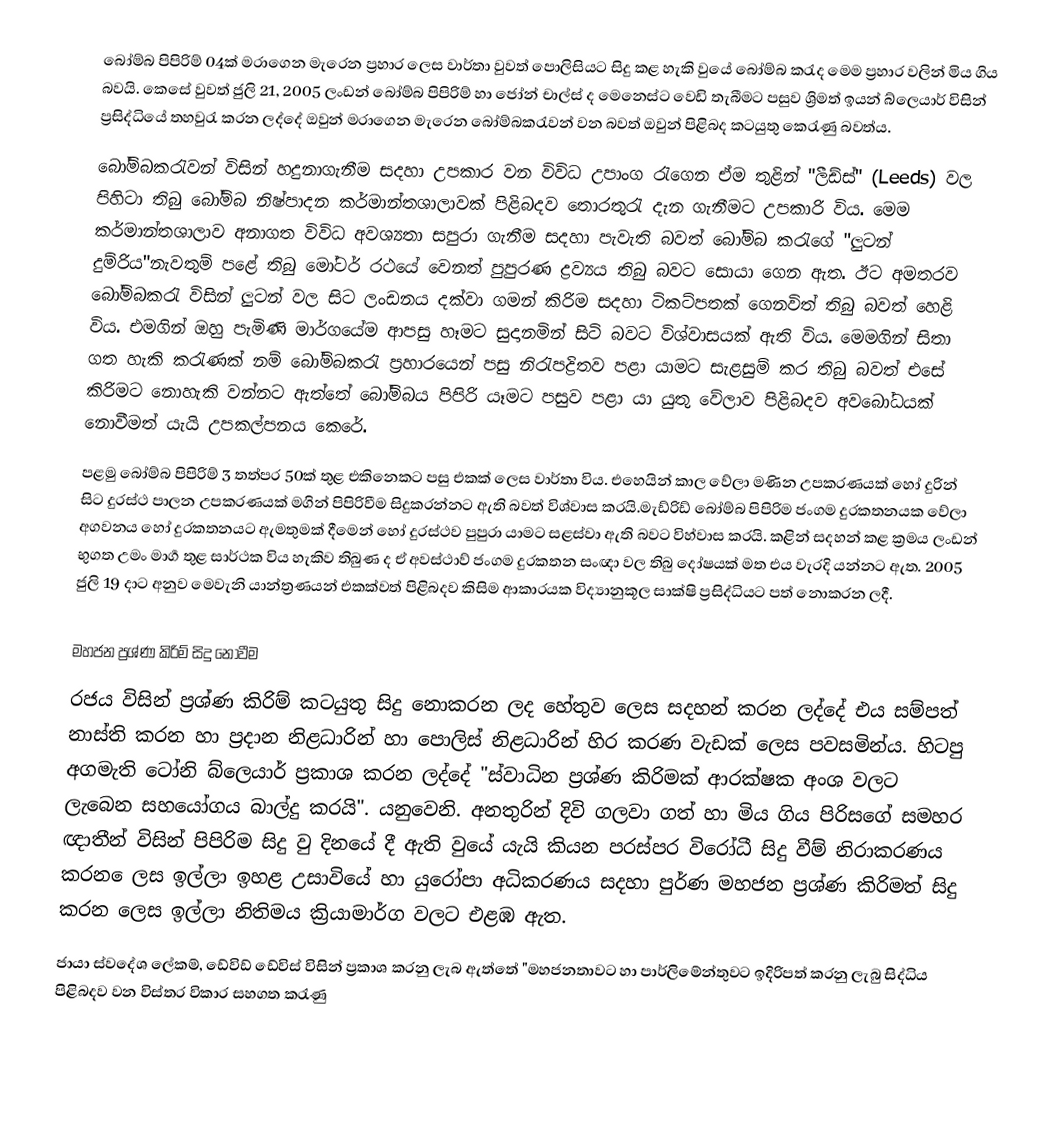
බෝම්බ පිපිරිම් 04ක් මරාගෙන මැරෙන ප්‍රහාර ලෙස වාර්තා වුවත් පොලිසියට සිදු කළ හැකි වුයේ බෝම්බ කරැද මෙම ප්‍රහාර වලින් මිය ගිය බවයි. කෙසේ වුවත් ජුලි 21, 2005 ලංඩන් බෝම්බ පිපිරිම් හා ජෝන් චාල්ස් ද මෙනෙස්ට වෙඩි තැබීමට පසුව ශ්‍රිමත් ඉයන් බ්ලෙයාර් විසින් ප්‍රසිද්ධියේ තහවුරැ කරන ලද්දේ ඔවුන් මරාගෙන මැරෙන බෝම්බකරැවන් වන බවත් ඔවුන් පිළිබද කටයුතු කෙරැණු බවත්ය.
බෝම්බකරැවන් විසින් හදුනාගැනීම සදහා උපකාර වන විවිධ උපාංග රැගෙන ඒම තුළින් "ලීඩ්ස්" (Leeds) වල පිහිටා තිබු බෝම්බ නිෂ්පාදන කර්මාන්තශාලාවක් පිළිබදව තොරතුරැ දැන ගැනීමට උපකාරි විය. ‍මෙම කර්මාන්තශාලාව අනාගත විවිධ අවශ්‍යතා සපුරා ගැනීම සදහා පැවැති බවත් බෝම්බ කරැගේ "ලුටන් දුම්රිය"නැවතුම් පළේ තිබු මෝටර් රථයේ වෙනත් පුපුරණ ද්‍රව්‍යය තිබු බවට සොයා ගෙන ඇත. ඊට අමතරව බෝම්බකරැ විසින් ලුටන් වල සිට ලංඩනය දක්වා ගමන් කිරිම සදහා ටිකට්පතක් ගෙනවිත් තිබු බවත් හෙළි විය. එමගින් ඔහු පැමිණි මාර්ගයේම ආපසු හෑමට සුදානමින් සිටි බවට විශ්වාසයක් ඇති විය. මෙමගින් සිතා ගත හැකි කරැණක් නම් බෝම්බකරැ ප්‍රහාරයෙන් පසු නිරැපද්‍රිතව පළා යාමට සැළසුම් කර තිබු බවත් එසේ කිරිමට නොහැකි වන්නට  ඇත්තේ බෝම්බය පිපිරි යෑමට පසුව පළා යා යුතු වේලාව පිළිබදව අවබෝධයක් නොවීමත් යැයි උපකල්පනය කෙරේ.
පළමු බෝම්බ පිපිරිම් 3 තත්පර 50ක් තුළ එකිනෙකට පසු එකක් ලෙස වාර්තා විය. එහෙයින් කාල වේලා මණින උපකරණයක් හෝ දුරින් සිට දුරස්ථ පාලන උපකරණයක් මගින් පිපිරිවීම සිදුකරන්නට ඇති බවත් විශ්වාස කරයි.මැඩ්රිඩ් බෝම්බ පිපිරිම ජංගම දුරකතනයක වේලා අගවනය හෝ දුරකතනයට ඇමතුමක් දීමෙන් හෝ දුරස්ථව පුපුරා යාමට සළස්වා ඇති බවට විහ්වාස කරයි. කළින් සදහන් කළ ක්‍රමය ලංඩන් භුගත උමං මාර්‍ග තුළ සාර්ථක විය හැකිව තිබුණ ද ඒ අවස්ථාව් ජංගම දුරකතන සංඥා වල තිබු දෝෂයක් මත එය වැරදි යන්නට ඇත. 2005 ජුලි 19 දාට අනුව මෙවැනි යාන්ත්‍රණයන් එකක්වත් පිළිබදව කිසිම ආකාරයක විද්‍යානුකූල සාක්ෂි ප්‍රසිද්ධියට පත් නොකරන ලදී.

මහජන ප්‍රශ්ණ කිරිම් සිදු නොවීම
රජය විසින් ප්‍රශ්ණ කිරිම් කටයුතු සිදු නොකරන ලද හේතුව ලෙස සදහන් කරන ලද්දේ එය සම්පත් නාස්ති  කරන හා ප්‍රදාන නිළධාරින් හා පොලිස් නිළධාරින් හිර කරණ වැඩක් ලෙස පවසමින්ය. හිටපු අගමැති ටෝනි බ්ලෙයාර් ප්‍රකාශ කරන ලද්දේ "ස්වාධින ප්‍රශ්ණ කිරිමක් ආරක්ෂක අංශ වලට ලැබෙන සහයෝගය බාල්දු කරයි". යනුවෙනි. අනතුරින් දිවි ගලවා ගත් හා මිය ගිය පිරිසගේ සමහර ඥාතීන් විසින් පිපිරිම සිදු වු දිනයේ දී ඇති වුයේ යැයි කියන පරස්පර විරෝධී සිදු වීම් නිරාකරණය කරන ‍ෙලස  ඉල්ලා ඉහළ උසාවියේ හා යුරෝපා අධිකරණය සදහා පුර්ණ මහජන ප්‍රශ්ණ කිරිමත් සිදු කරන ලෙස ඉල්ලා නිතිමය ක්‍රියාමාර්ග වලට එළඹ ඇත.
ජායා ස්වදේශ ලේකම්, ඩේවිඩ් ඩේවිස් විසින් ප්‍රකාශ කරනු ලැබ ඇත්තේ "මහජනතාවට හා පාර්ලිමේන්තුවට ඉදිරිපත් කරනු ලැබු සිද්ධිය පිළිබදව වන විස්තර විකාර සහගත කරැණු